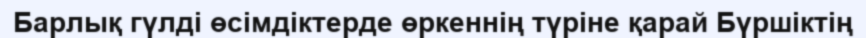
Барлық гүлді өсімдіктерде өркеннің түріне қарай Бүршіктің